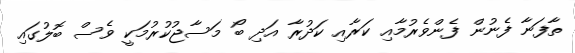
ތާފަނާ ފެނުން ފެންވެރުމާއި ކަރާއި ކަދުރާ އަދި ބޯ މަސާޖުކުރުމަކީ ވެސް ބޮލުގައި